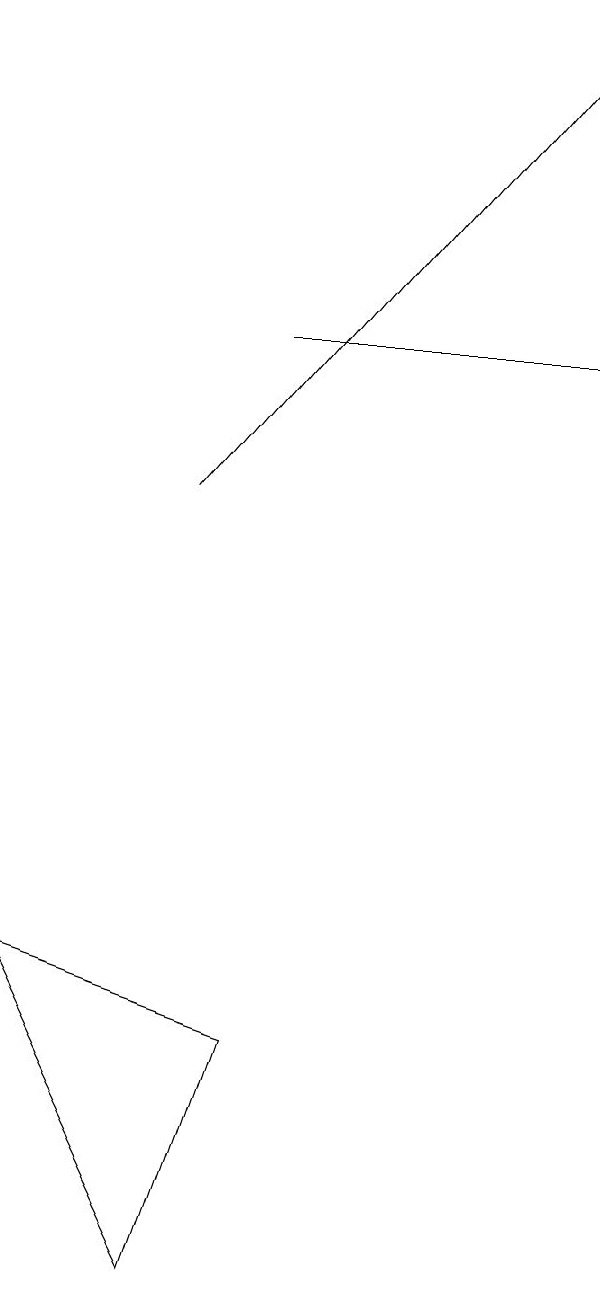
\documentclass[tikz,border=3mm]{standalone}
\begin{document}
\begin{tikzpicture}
\draw (1,7) -- (3,3) -- (4,6) -- cycle;
\draw[->] (3,13) -- (8,19);
\draw[->] (4,15) -- (8,15);
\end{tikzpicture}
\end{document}